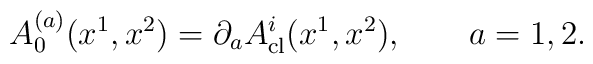
A_0^{(a)}(x^1, x^2) = \partial_a A_{\rm cl}^i(x^1, x^2), \qquad a=1, 2.